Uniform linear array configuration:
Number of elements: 32
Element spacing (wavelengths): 0.75
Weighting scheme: hann
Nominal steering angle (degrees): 0
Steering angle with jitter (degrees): -1.666
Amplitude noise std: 0.05
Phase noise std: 0.05

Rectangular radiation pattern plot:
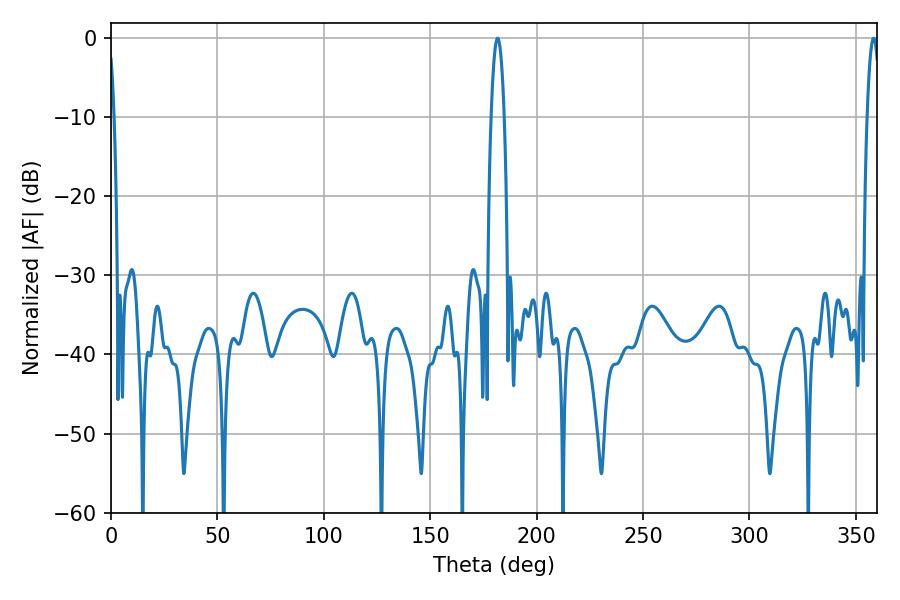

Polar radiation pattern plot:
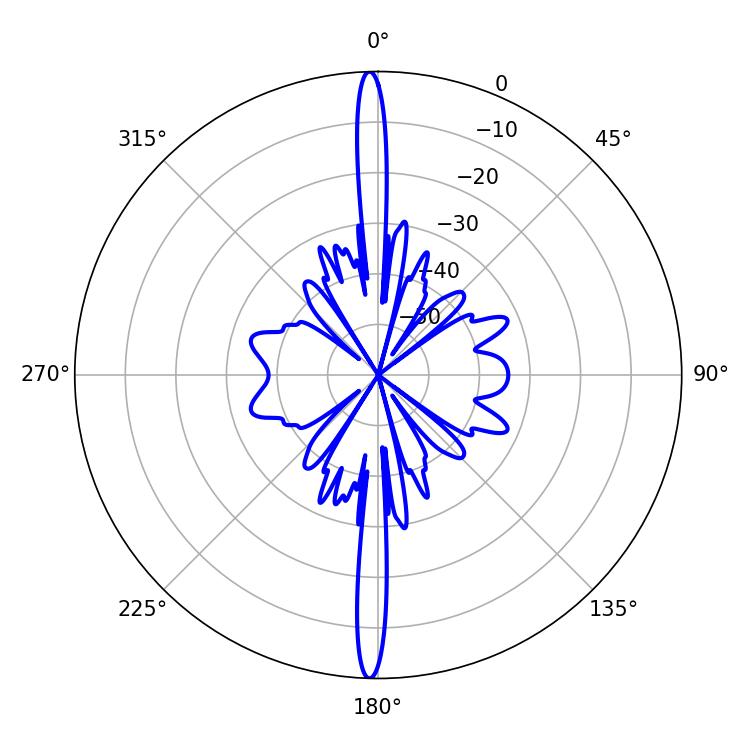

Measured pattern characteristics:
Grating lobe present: TRUE
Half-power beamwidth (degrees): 3.42
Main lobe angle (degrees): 358.38